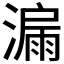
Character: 𣾡